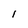
Character: l